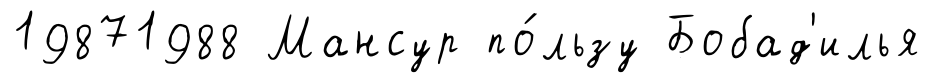
19871988 Мансур по́льзу Бобад'илья